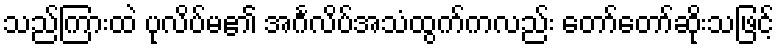
သည်ကြားထဲ ပုလိပ်မ၏ အင်္ဂလိပ်အသံထွက်ကလည်း တော်တော်ဆိုးသဖြင့်